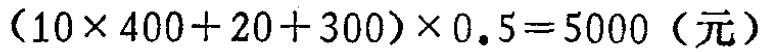
\((10\times 400 + 20 + 300)\times 0.5 = 5000\)（元）